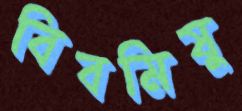
বিবমিষু